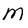
Character: M